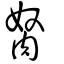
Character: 胬